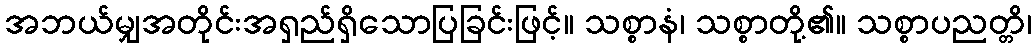
အဘယ်မျှအတိုင်းအရှည်ရှိသောပြခြင်းဖြင့်။ သစ္စာနံ၊ သစ္စာတို့၏။ သစ္စာပညတ္တိ၊